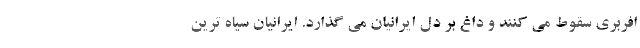
افربری سقوط می کنند و داغ بر دل ایرانیان می گذارد. ایرانیان سیاه ترین